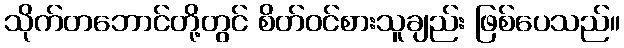
သိုက်တဘောင်တို့တွင် စိတ်ဝင်စားသူချည်း ဖြစ်ပေသည်။